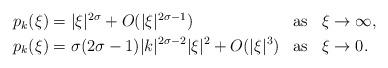
LaTeX: \begin{align*}\begin{aligned}p_k(\xi)&= |\xi|^{2\sigma}+O(|\xi|^{2\sigma-1}) &&\textup{as}&&\xi\to\infty,\\p_k(\xi)&= \sigma(2\sigma-1)|k|^{2\sigma-2}|\xi|^2+O(|\xi|^3) &&\textup{as}&&\xi\to0.\end{aligned}\end{align*}